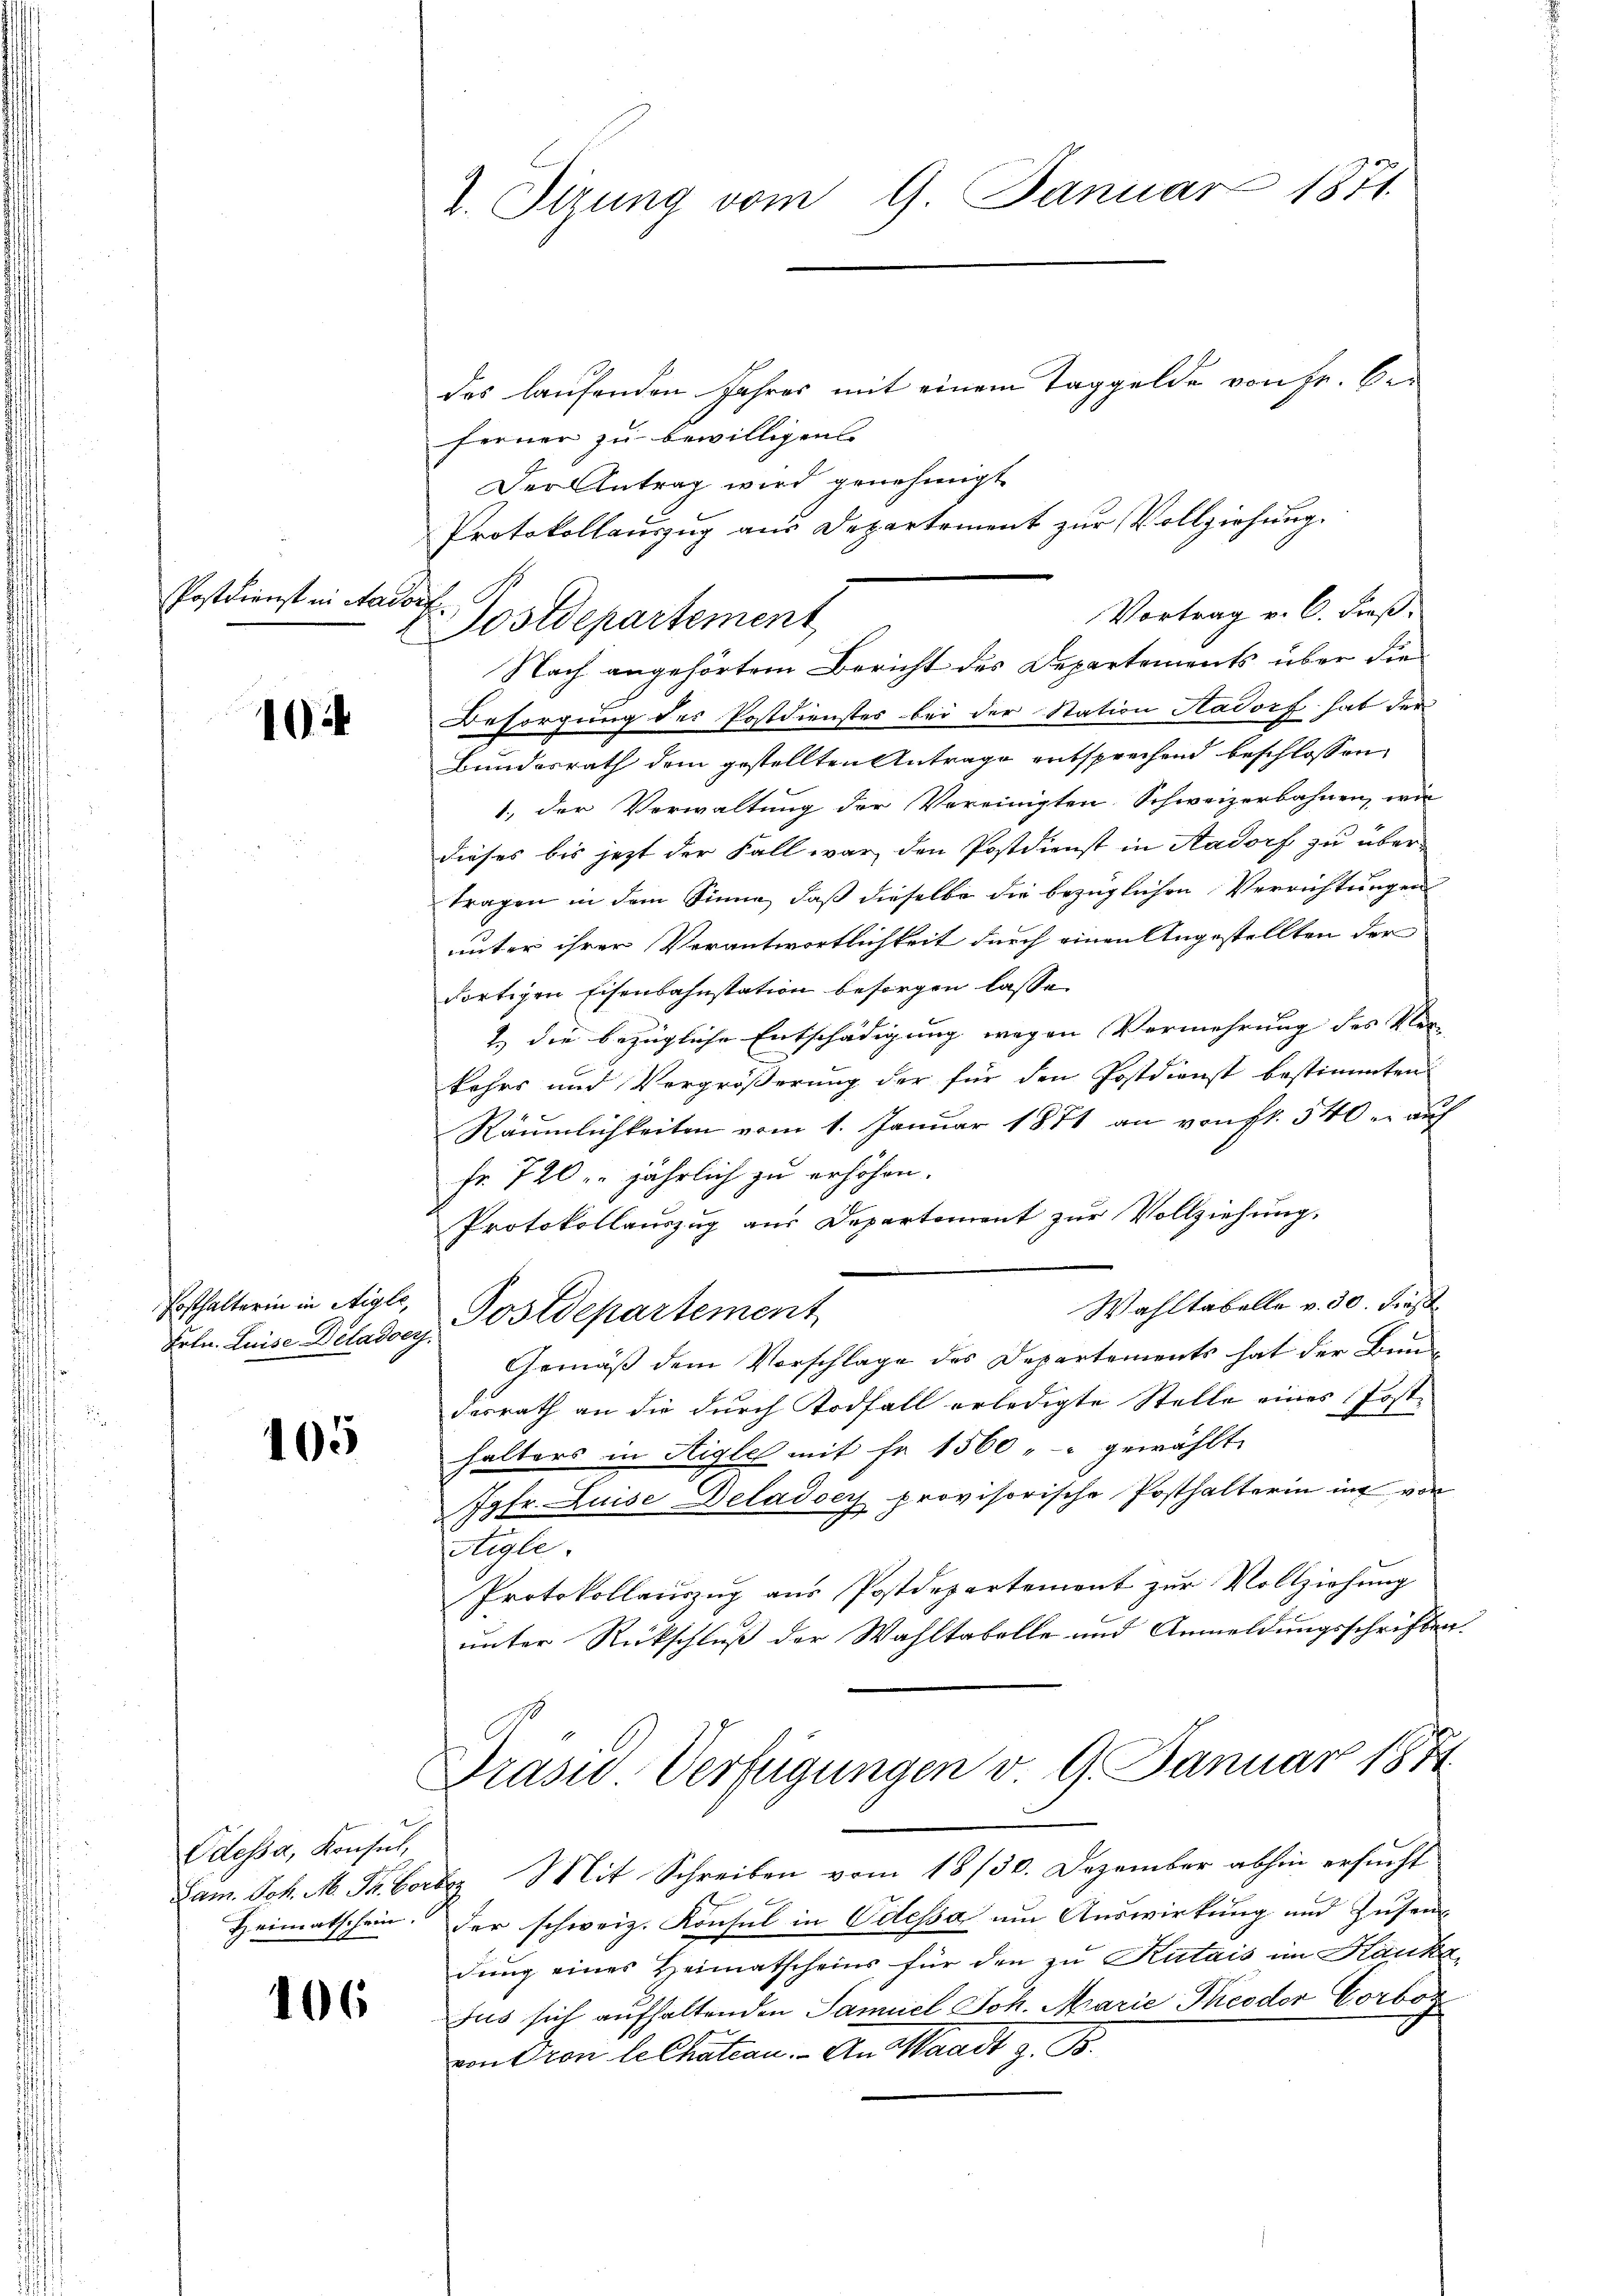
Postdienst in Aadorf

10

Posthalterin in Aigle,
Frln. Luise Déladoer.

405

Odessa, Konsul,
Heimatschein.

106

2. Sizung vom 9. Januar 1871.

des laufenden Jahres mit einem Taggelde von Fr. beferner zu bewilligen
Der Antrag wird genehmigt
Protokollauszug aus Departement zur Vollziehung

Besorgung des Postdienstes bei der Station Hadorf hat der
Bundesrath dem gestellten Antrage entsprechend beschlossen,
1., der Verwaltung der Vereinigten Schweizerbahnen, wie
dieses bis jezt der Fall war den Postdienst in Aadorf zu über
tragen in dem Sinne, daß dieselbe die bezüglichen Verrichtungen
unter ihrer Verantwortlichkeit durch einen Angestellten der
dortigen Eisenbahnstation besorgen lasse.
2.) die bezügliche Entschädigung wegen Vermehrung des Ver-
kehrs und Vergrößerung der für den Postdienst bestimmten
Räumlichkeiten vom 1. Januar 1871 an von Fr. 540 u. auf
fr. 720 jährlich zu erhöhen.
Protokollauszug aus Departement zur Vollziehung.
Wahltabelle v. 30. dies
Postdepartement
Gemäß dem Vorschlage des Departements hat der Bundesrath an die durch Todfall erledigte Stelle eines Posthalters in Aigle mit fr. 1560 " gewählte
Jgfr. Luise Deladoey provisorische Posthalterin in von
Aigle
Protokollauszug aus Postdepartement zur Vollziehung
unter Rückschluß der Wahltabelle und Anmeldungsschriften.
Präsid. Verfügungen v. 9. Januar 1874.

Dam. Joh. M. Fr. bere Mit Schreiben vom 18/30. Dezember abhin ersucht
n
der schweiz. Konsul in Odessa, um Auswirkung und Zusen
dung eines Heimatscheins für den zu Kutais im Hauka
Jus sich aufhaltenden Samuel Joh. Marie Theodor Vorbor
von Cron le Chatian. An Waadt z. B.

Vortrag v. 6. Freß.
u. Postdepartement
Nach angehörtem Bericht des Departements über die